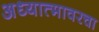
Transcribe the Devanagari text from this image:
अध्यात्मावरचा